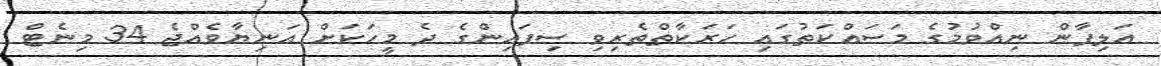
އަލިފާން ނިއްވުމުގެ މަސައްކަތުގައި ހަރަކާތްތެރިވި ސިފައިންގެ ދެ މީހަކަށް އަނިޔާވެއްޖެ 34 މިނެޓް